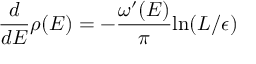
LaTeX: { \frac { d } { d E } } \rho ( E ) = - { \frac { \omega ^ { \prime } ( E ) } { \pi } } \mathrm { l n } ( L / \epsilon )